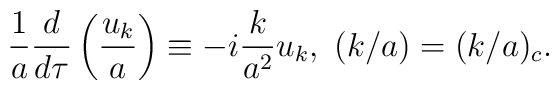
{1 \over a} {d \over d \tau} \left({u_k \over a}\right) \equiv -i {k \over a^2} u_k,\ (k / a) = (k / a)_c.